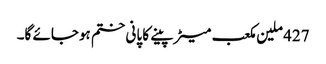
427 ملین مکعب میٹر پینے کا پانی ختم ہوجائے گا۔